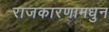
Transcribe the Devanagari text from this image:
राजकारणामधुन